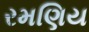
રમણિય